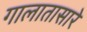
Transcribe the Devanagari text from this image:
गालातासारे